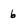
Character: 6